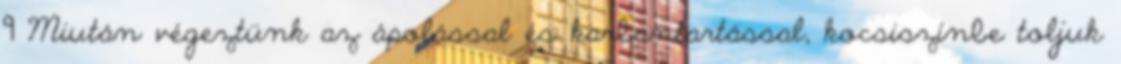
9 Miután végeztünk az ápolással és karbantartással, kocsiszínbe toljuk